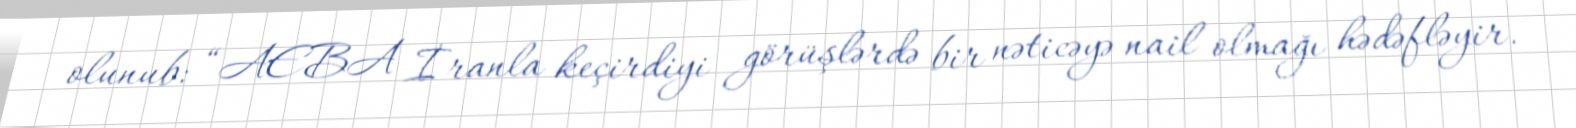
olunub: “AEBA İranla keçirdiyi görüşlərdə bir nəticəyə nail olmağı hədəfləyir.